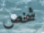
شخص